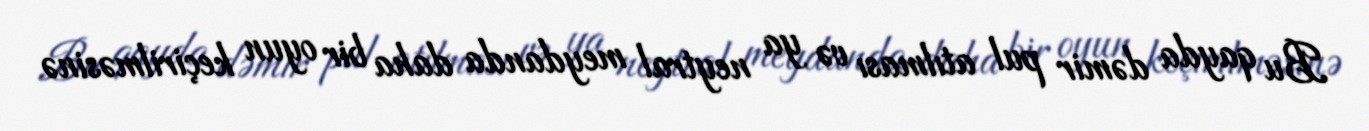
Bu qayda dəmir pul atılması və ya neytral meydanda daha bir oyun keçirilməsinə